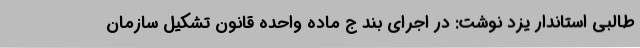
طالبی استاندار یزد نوشت: در اجرای بند ج ماده واحده قانون تشکیل سازمان